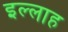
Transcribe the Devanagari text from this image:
इल्लाह